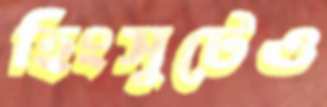
হিংসুটেও